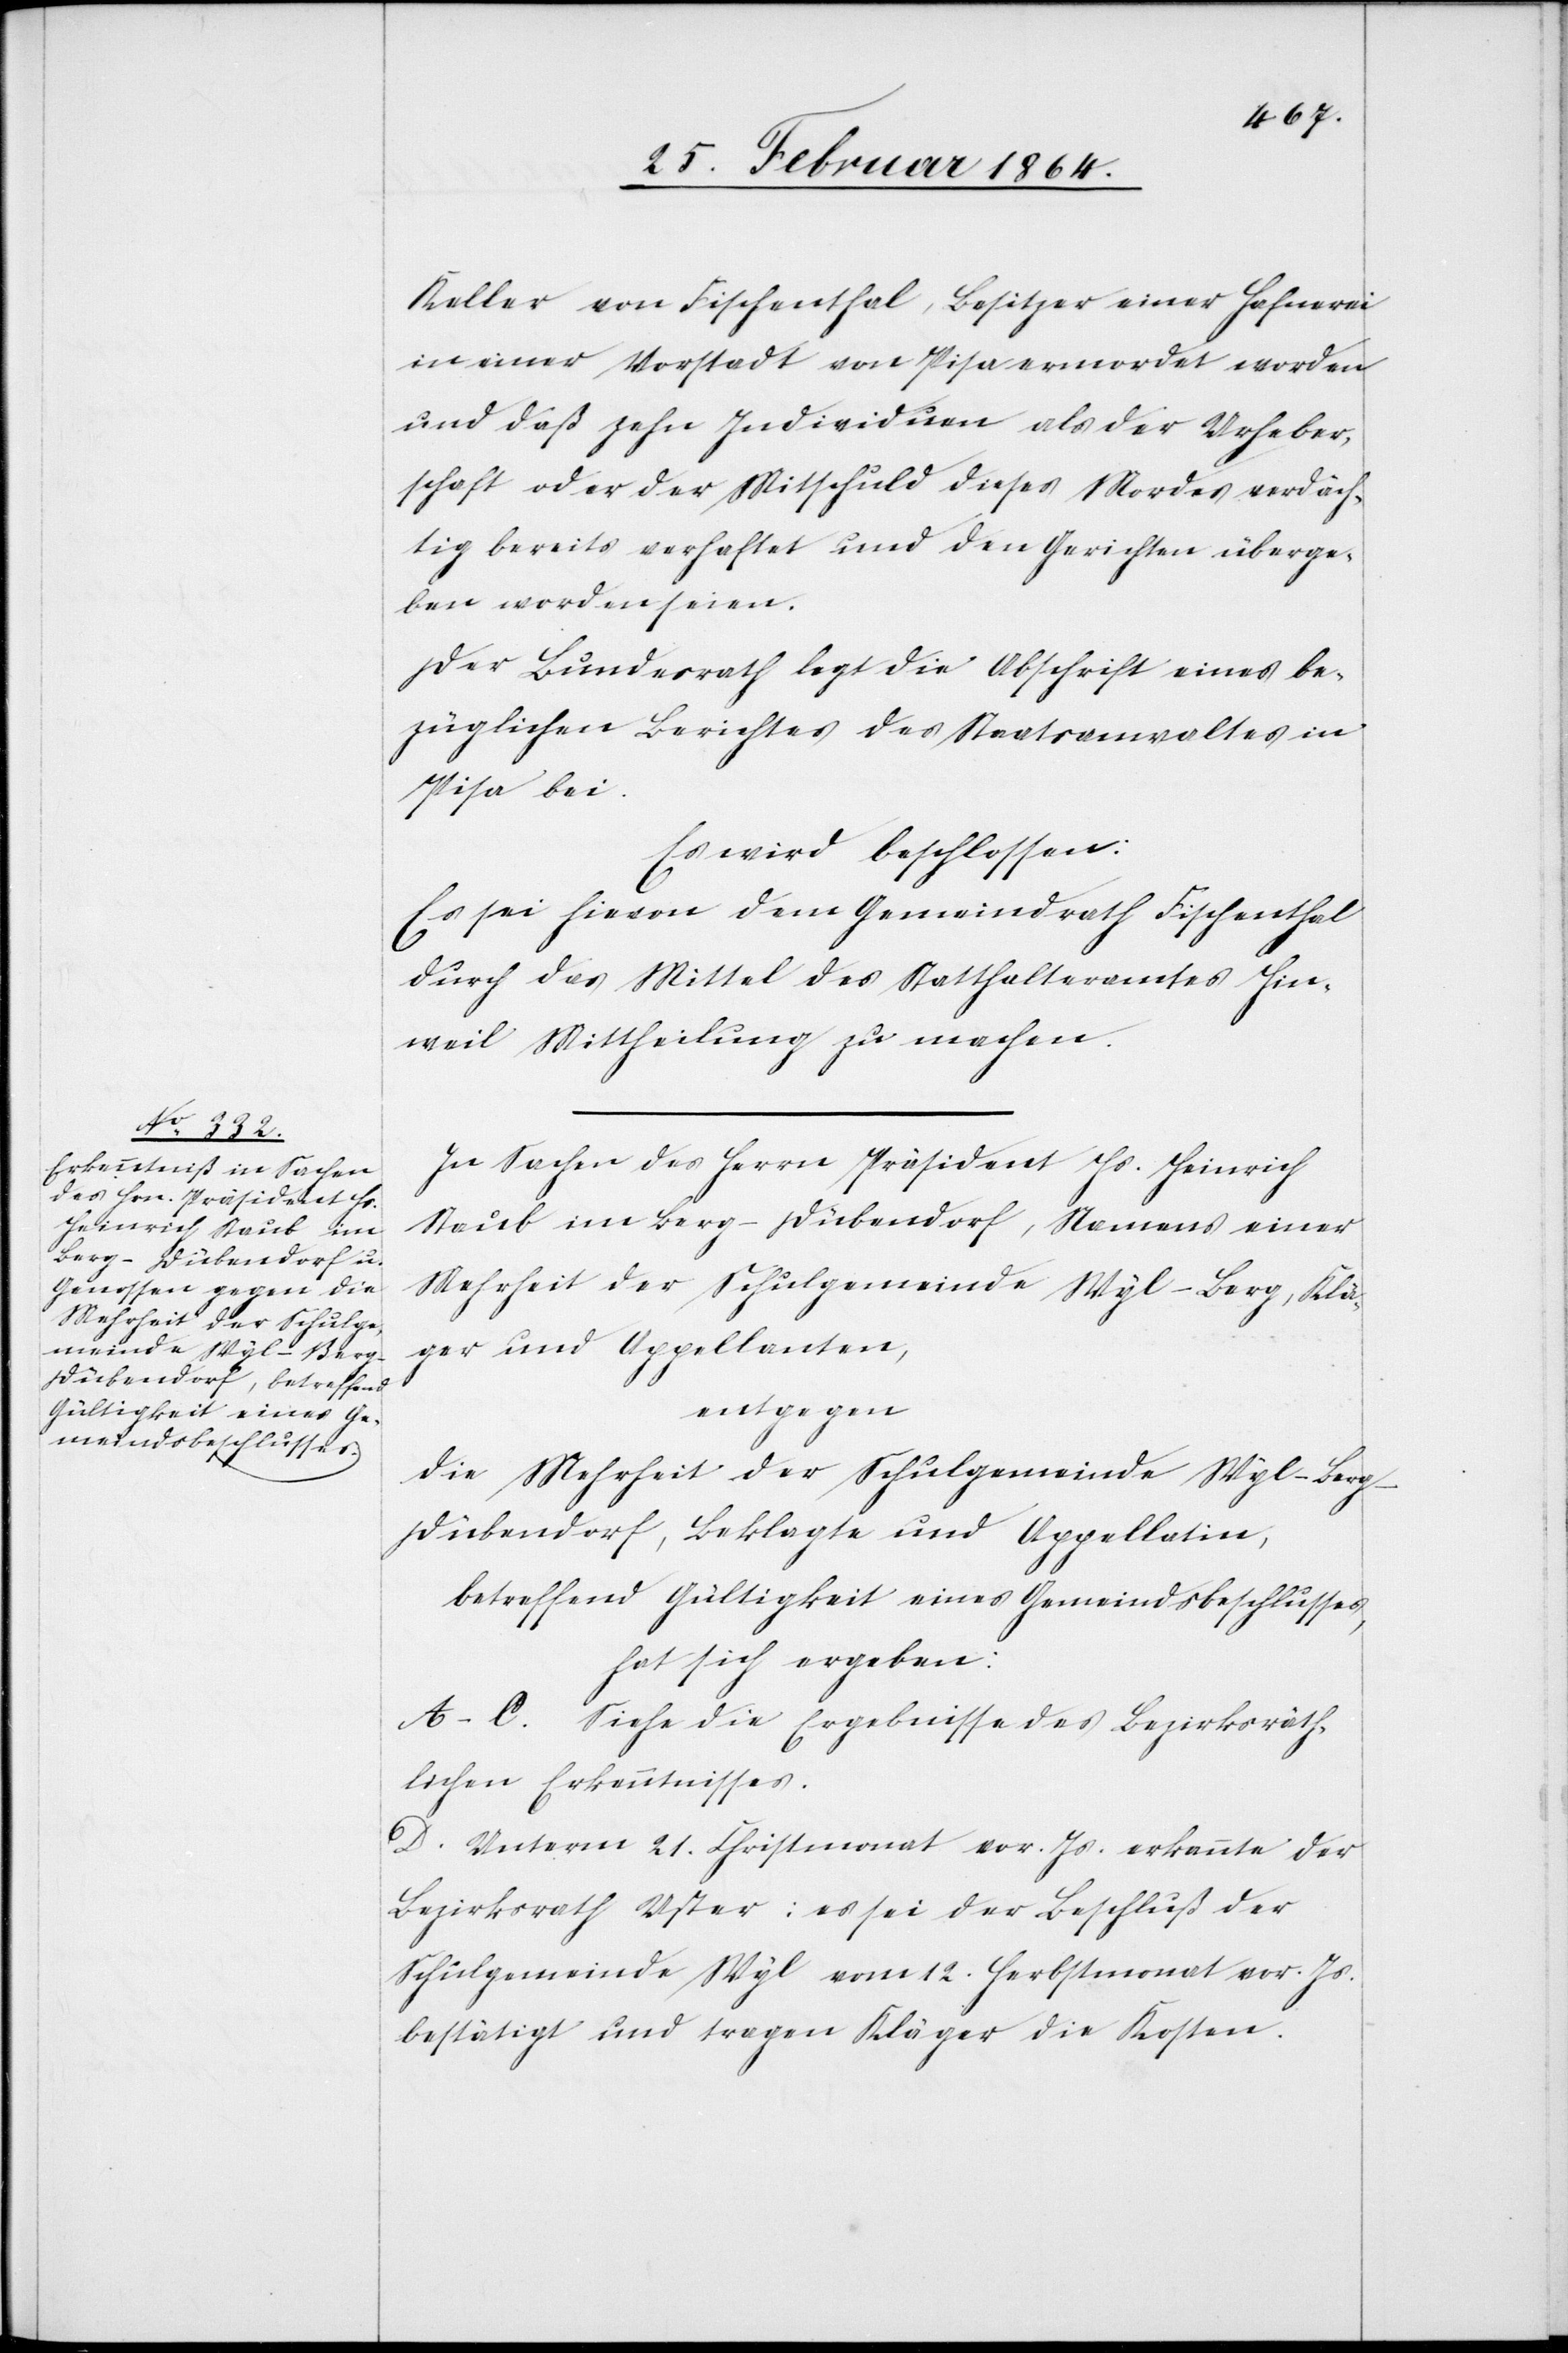
Keller von Fischenthal, Besitzer einer Hafnerei
in einer Vorstadt von Pisa ermordet worden
und daß zehn Individuen als der Urheber¬
schaft oder der Mitschuld dieses Mordes verdäch¬
tig bereits verhaftet und den Gerichten überge¬
ben worden seien.
Der Bundesrath legt die Abschrift eines be¬
züglichen Berichtes des Staatsanwaltes in
Pisa bei.
Es wird beschlossen:
Es sei hievon dem Gemeindrath Fischenthal
durch das Mittel des Statthalteramtes Hin¬
weil Mittheilung zu machen.
In Sachen des Herrn Präsident Hs. Heinrich
Staub im Berg-Dübendorf, Namens einer
Mehrheit der Schulgemeinde Wyl-Berg, Klä¬
ger und Appellanten,
entgegen
die Mehrheit der Schulgemeinde Wyl-Ber¬
g-Dübendorf, Beklagte und Appellatin,
betreffend Gültigkeit eines Gemeindsbeschlusses,
hat sich ergeben:
A–C. Siehe die Ergebnisse des Bezirksräth¬
lichen Erkenntnisses.
D. Unterm 21. Christmonat vor. Js. erkannte der
Bezirksrath Uster: es sei der Beschluß der
Schulgemeinde Wyl vom 12. Herbstmonat vor. Js.
bestätigt und tragen Kläger die Kosten.